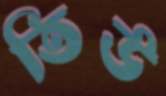
তিউ